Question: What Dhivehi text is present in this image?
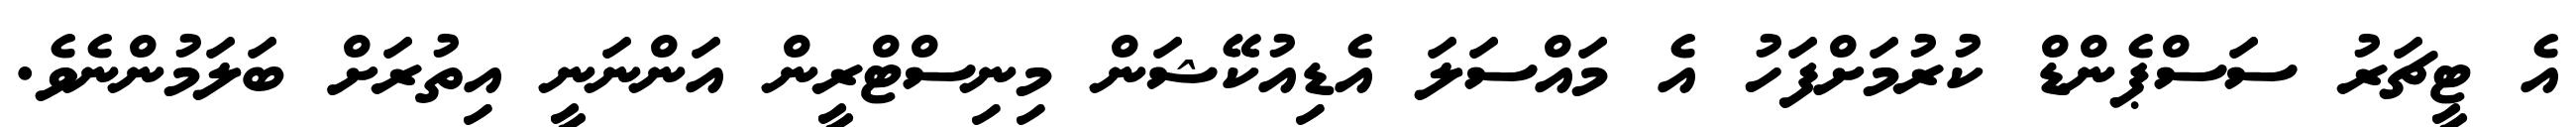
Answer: އެ ޓީޗަރު ސަސްޕެންޑް ކުރުމަށްފަހު އެ މައްސަލަ އެޑިއުކޭޝަން މިނިސްޓްރީން އަންނަނީ އިތުރަށް ބަލަމުންނެވެ.